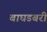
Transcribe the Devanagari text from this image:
बाघडबरी